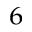
^ { 6 }